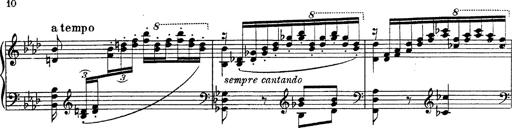
Title: Fantasie Ã¼ber Themen aus Mozarts Figaro und Don Giovanni
Composer: Franz Liszt